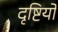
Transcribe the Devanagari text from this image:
दृष्टियो